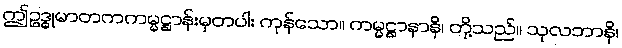
ဤဥဒ္ဓုမာတကကမ္မဋ္ဌာန်းမှတပါး ကုန်သော။ ကမ္မဋ္ဌာနာနိ၊ တို့သည်။ သုလဘာနိ၊